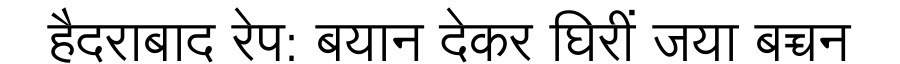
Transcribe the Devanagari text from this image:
हैदराबाद रेप: बयान देकर घिरीं जया बच्चन